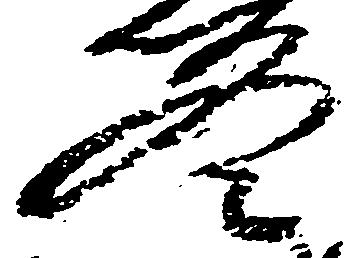
冬